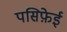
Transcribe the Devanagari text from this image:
पसिफ़ेई